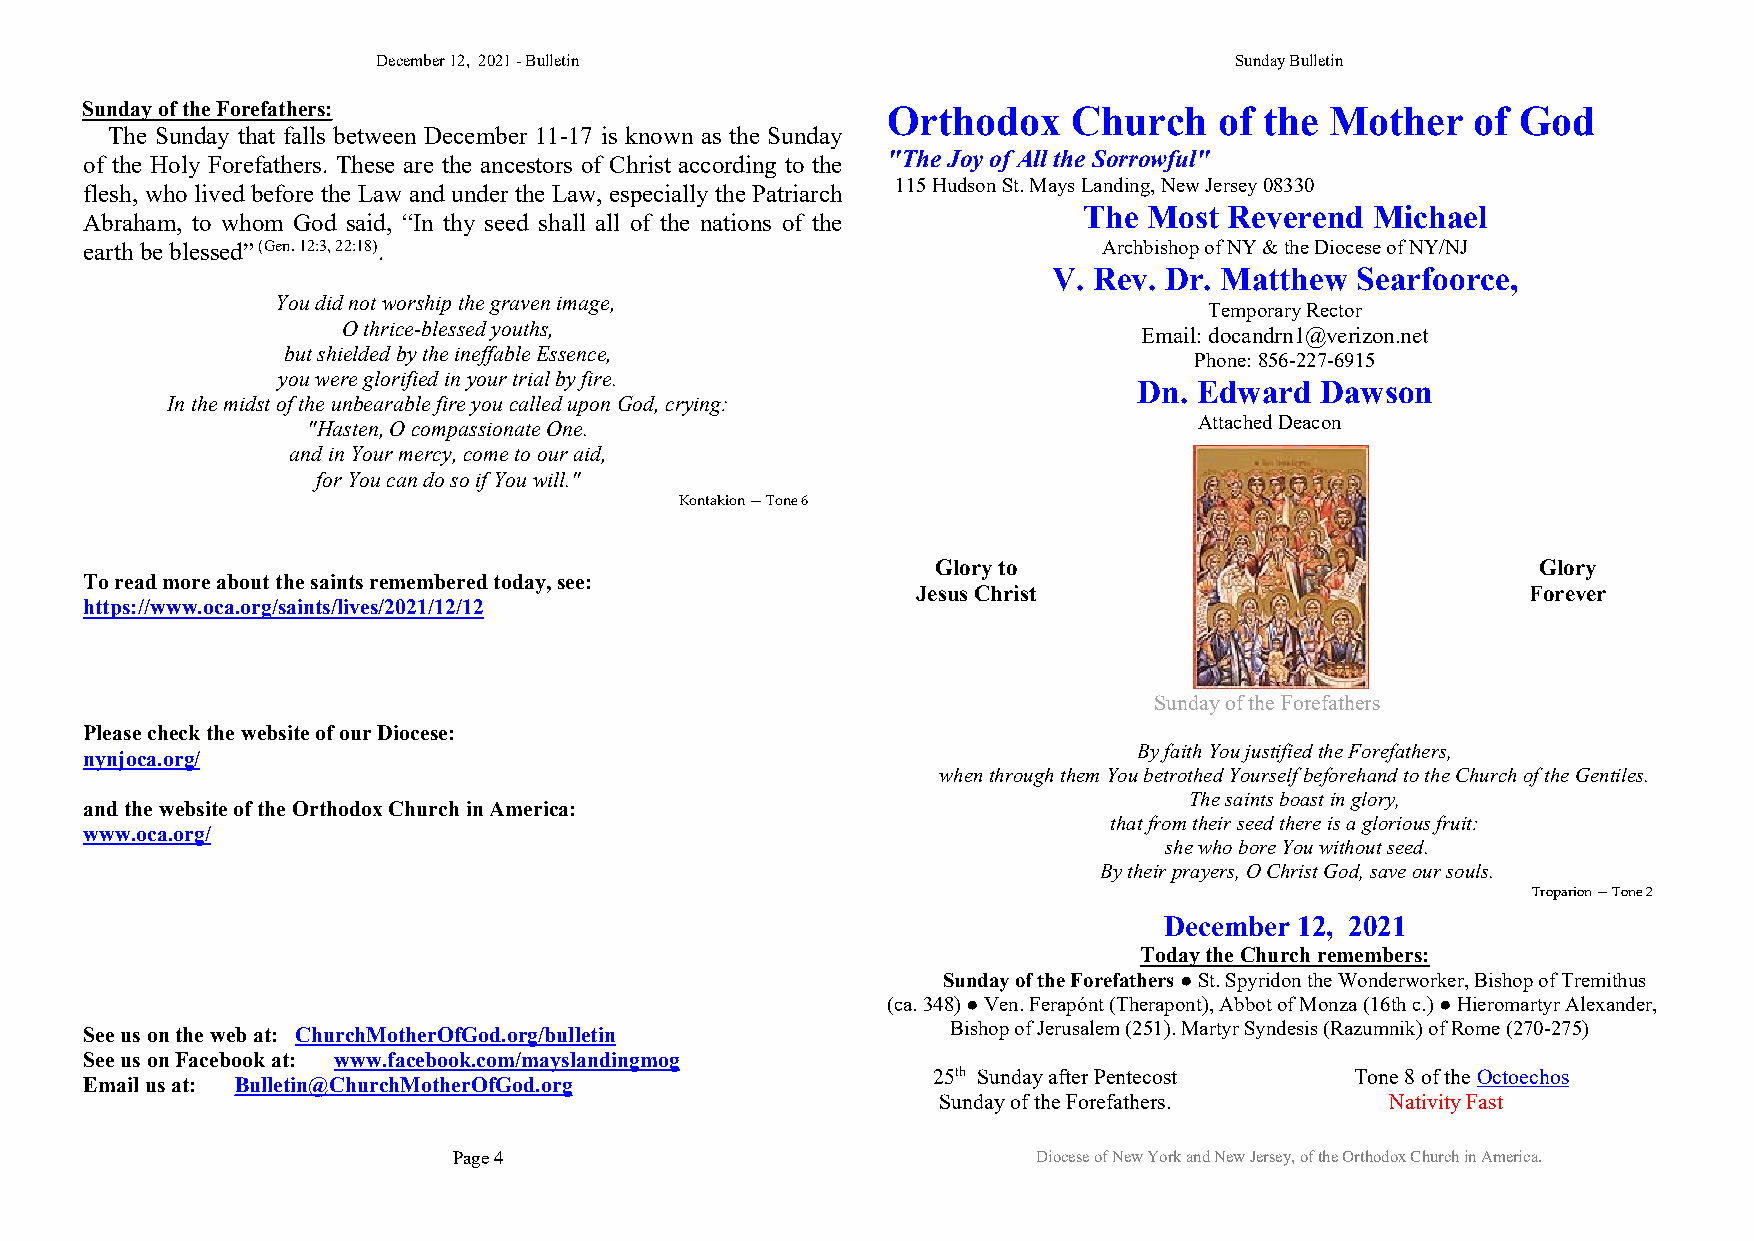
December12, 2021-Bulletin                                SundayBulletin
 SundayoftheForefathers:                               Orthodox    Church    of the Mother    of God
 The Sunday that falls between December 11-17 is known as the Sunday
 of the Holy Forefathers. These are the ancestors of Christ according to the "TheJoyof AlltheSorrowful"
 115HudsonSt.MaysLanding,NewJersey08330
 flesh, who lived before the Law and under the Law, especially the Patriarch
 The Most Reverend  Michael
 Abraham, to whom God said, “In thy seed shall all of the nations of the
 earth beblessed”(Gen.12:3,22:18).                                  ArchbishopofNY&theDioceseofNY/NJ
 V. Rev. Dr. Matthew Searfoorce,
 Youdidnotworshipthegravenimage,
 TemporaryRector
 Othrice-blessedyouths,                               Email:docandrn1@verizon.net
 butshieldedbytheineffableEssence,
 Phone:856-227-6915
 youwereglorifiedinyourtrialbyfire.
 Dn. Edward  Dawson
 InthemidstoftheunbearablefireyoucalleduponGod,crying:
 AttachedDeacon
 "Hasten,OcompassionateOne.
 andinYourmercy,cometoouraid,
 forYoucandosoifYouwill."
 Kontakion—Tone6
 Gloryto                                 Glory
 Toreadmoreaboutthesaintsrememberedtoday,see:
 JesusChrist                             Forever
 https://www.oca.org/saints/lives/2021/12/12
 SundayoftheForefathers
 PleasecheckthewebsiteofourDiocese:
 ByfaithYoujustifiedtheForefathers,
 nynjoca.org/
 whenthroughthemYoubetrothedYourselfbeforehandtotheChurchoftheGentiles.
 Thesaintsboastinglory,
 andthewebsiteoftheOrthodoxChurchinAmerica:
 thatfromtheirseedthereisagloriousfruit:
 www.oca.org/
 shewhoboreYouwithoutseed.
 Bytheirprayers,OChristGod,saveoursouls.
 Troparion—Tone2
 December 12, 2021
 TodaytheChurchremembers:
 SundayoftheForefathers●St.SpyridontheWonderworker,BishopofTremithus
 (ca.348)●Ven.Ferapónt(Therapont),AbbotofMonza(16thc.)●HieromartyrAlexander,
 BishopofJerusalem(251).MartyrSyndesis(Razumnik)ofRome(270-275)
 Seeusonthewebat: ChurchMotherOfGod.org/bulletin
 SeeusonFacebookat: www.facebook.com/mayslandingmog
 25th SundayafterPentecost   Tone8oftheOctoechos
 Emailusat: Bulletin@ChurchMotherOfGod.org
 SundayoftheForefathers.       NativityFast
 Page4                                  DioceseofNewYorkandNewJersey,oftheOrthodoxChurchinAmerica.